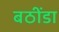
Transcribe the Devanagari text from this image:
बठींडा